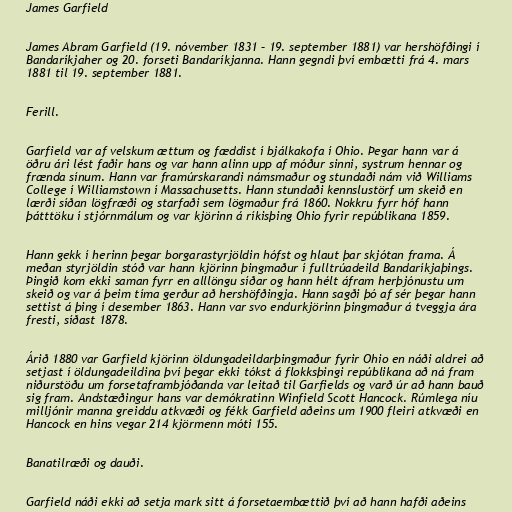
James Garfield

James Abram Garfield (19. nóvember 1831 – 19. september 1881) var hershöfðingi í
Bandaríkjaher og 20. forseti Bandaríkjanna. Hann gegndi því embætti frá 4. mars
1881 til 19. september 1881.

Ferill.

Garfield var af velskum ættum og fæddist í bjálkakofa í Ohio. Þegar hann var á
öðru ári lést faðir hans og var hann alinn upp af móður sinni, systrum hennar og
frænda sínum. Hann var framúrskarandi námsmaður og stundaði nám við Williams
College í Williamstown í Massachusetts. Hann stundaði kennslustörf um skeið en
lærði síðan lögfræði og starfaði sem lögmaður frá 1860. Nokkru fyrr hóf hann
þátttöku í stjórnmálum og var kjörinn á ríkisþing Ohio fyrir repúblikana 1859.

Hann gekk í herinn þegar borgarastyrjöldin hófst og hlaut þar skjótan frama. Á
meðan styrjöldin stóð var hann kjörinn þingmaður í fulltrúadeild Bandaríkjaþings.
Þingið kom ekki saman fyrr en alllöngu síðar og hann hélt áfram herþjónustu um
skeið og var á þeim tíma gerður að hershöfðingja. Hann sagði þó af sér þegar hann
settist á þing í desember 1863. Hann var svo endurkjörinn þingmaður á tveggja ára
fresti, síðast 1878.

Árið 1880 var Garfield kjörinn öldungadeildarþingmaður fyrir Ohio en náði aldrei að
setjast í öldungadeildina því þegar ekki tókst á flokksþingi repúblikana að ná fram
niðurstöðu um forsetaframbjóðanda var leitað til Garfields og varð úr að hann bauð
sig fram. Andstæðingur hans var demókratinn Winfield Scott Hancock. Rúmlega níu
milljónir manna greiddu atkvæði og fékk Garfield aðeins um 1900 fleiri atkvæði en
Hancock en hins vegar 214 kjörmenn móti 155.

Banatilræði og dauði.

Garfield náði ekki að setja mark sitt á forsetaembættið því að hann hafði aðeins